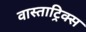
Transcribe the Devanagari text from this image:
वास्ताट्रिक्स